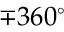
\mp 3 6 0 ^ { \circ }